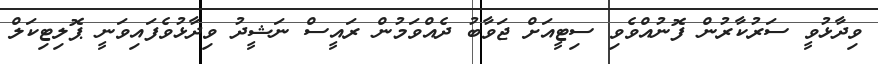
ވިދާޅުވީ ސަރުކާރުން ފޮނުއްވެވި ސިޓީއަށް ޖަވާބު ދެއްވަމުން ރައީސް ނަޝީދު ވިދާޅުވެފައިވަނީ ޕޮލިޓިކަލް